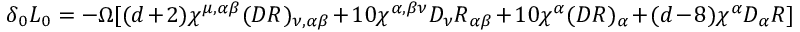
\delta _ { 0 } { \cal L } _ { 0 } = - \Omega [ ( d + 2 ) \chi ^ { \mu , \alpha \beta } ( D R ) _ { \nu , \alpha \beta } + 1 0 \chi ^ { \alpha , \beta \nu } D _ { \nu } R _ { \alpha \beta } + 1 0 \chi ^ { \alpha } ( D R ) _ { \alpha } + ( d - 8 ) \chi ^ { \alpha } D _ { \alpha } R ]